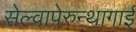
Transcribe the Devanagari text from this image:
सेल्वापेरुन्थागाई